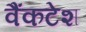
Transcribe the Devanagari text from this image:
वैंकटेश